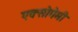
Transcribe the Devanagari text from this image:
एक्सोगेमी